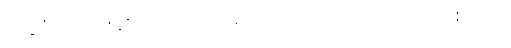
အခုပုံအတိုင်းဆိုရင် ကျုပ်တို့တော့ အလုပ်ပြုတ်တော့မှာပဲ စလင်း